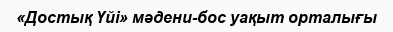
«Достық Үйі» мәдени-бос уақыт орталығы